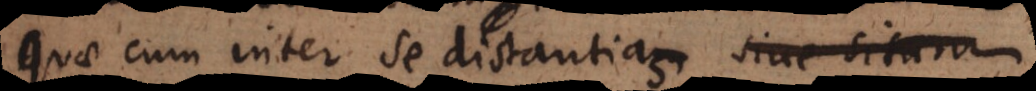
quae cum inter se distantiam sive situm